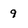
Character: 9